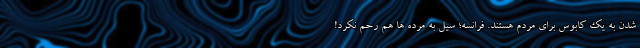
شدن به یک کابوس برای مردم هستند. فرانسه؛ سيل به مرده ها هم رحم نکرد!